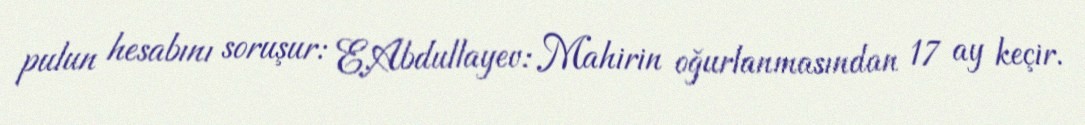
pulun hesabını soruşur: E.Abdullayev: Mahirin oğurlanmasından 17 ay keçir.